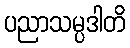
ပညာသမ္ပဒါတိ